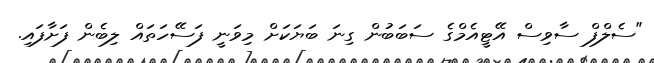
"ސެލްފް ސާވިސް އޭޓީއެމްގެ ސަބަބުން ގިނަ ބަޔަކަށް މިވަނީ ފަސޭހަތައް ލިބެން ފަށާފައި.